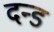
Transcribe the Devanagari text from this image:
दन्ड